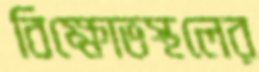
বিক্ষোভস্থলের